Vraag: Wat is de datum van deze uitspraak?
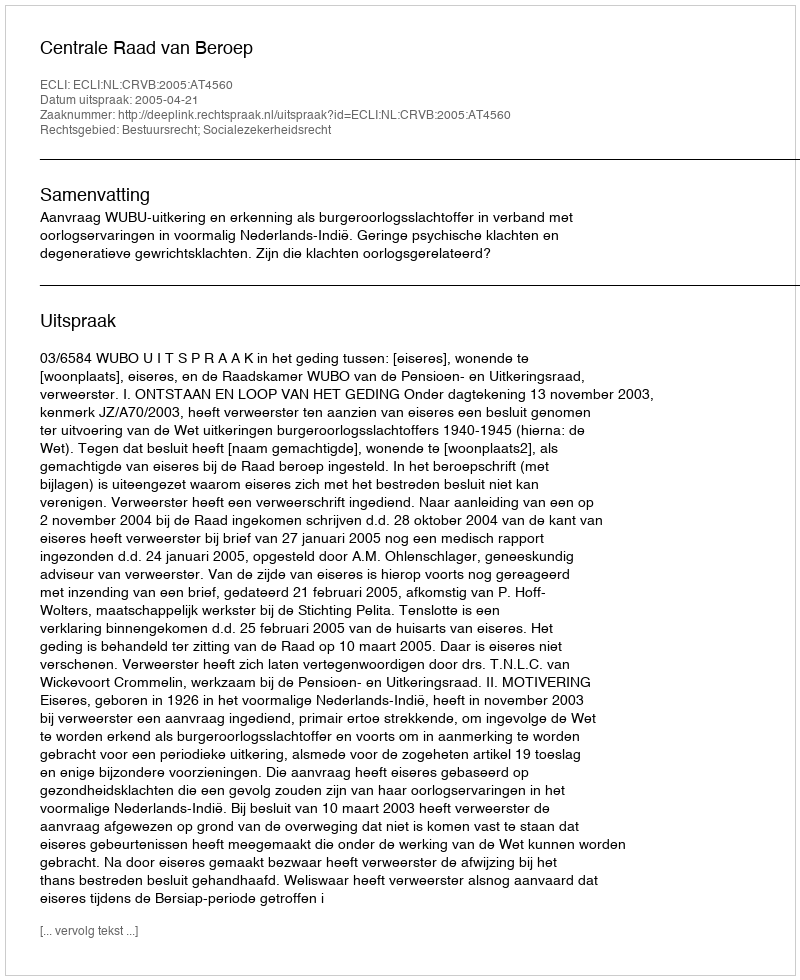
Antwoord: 2005-04-21